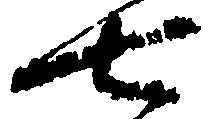
七